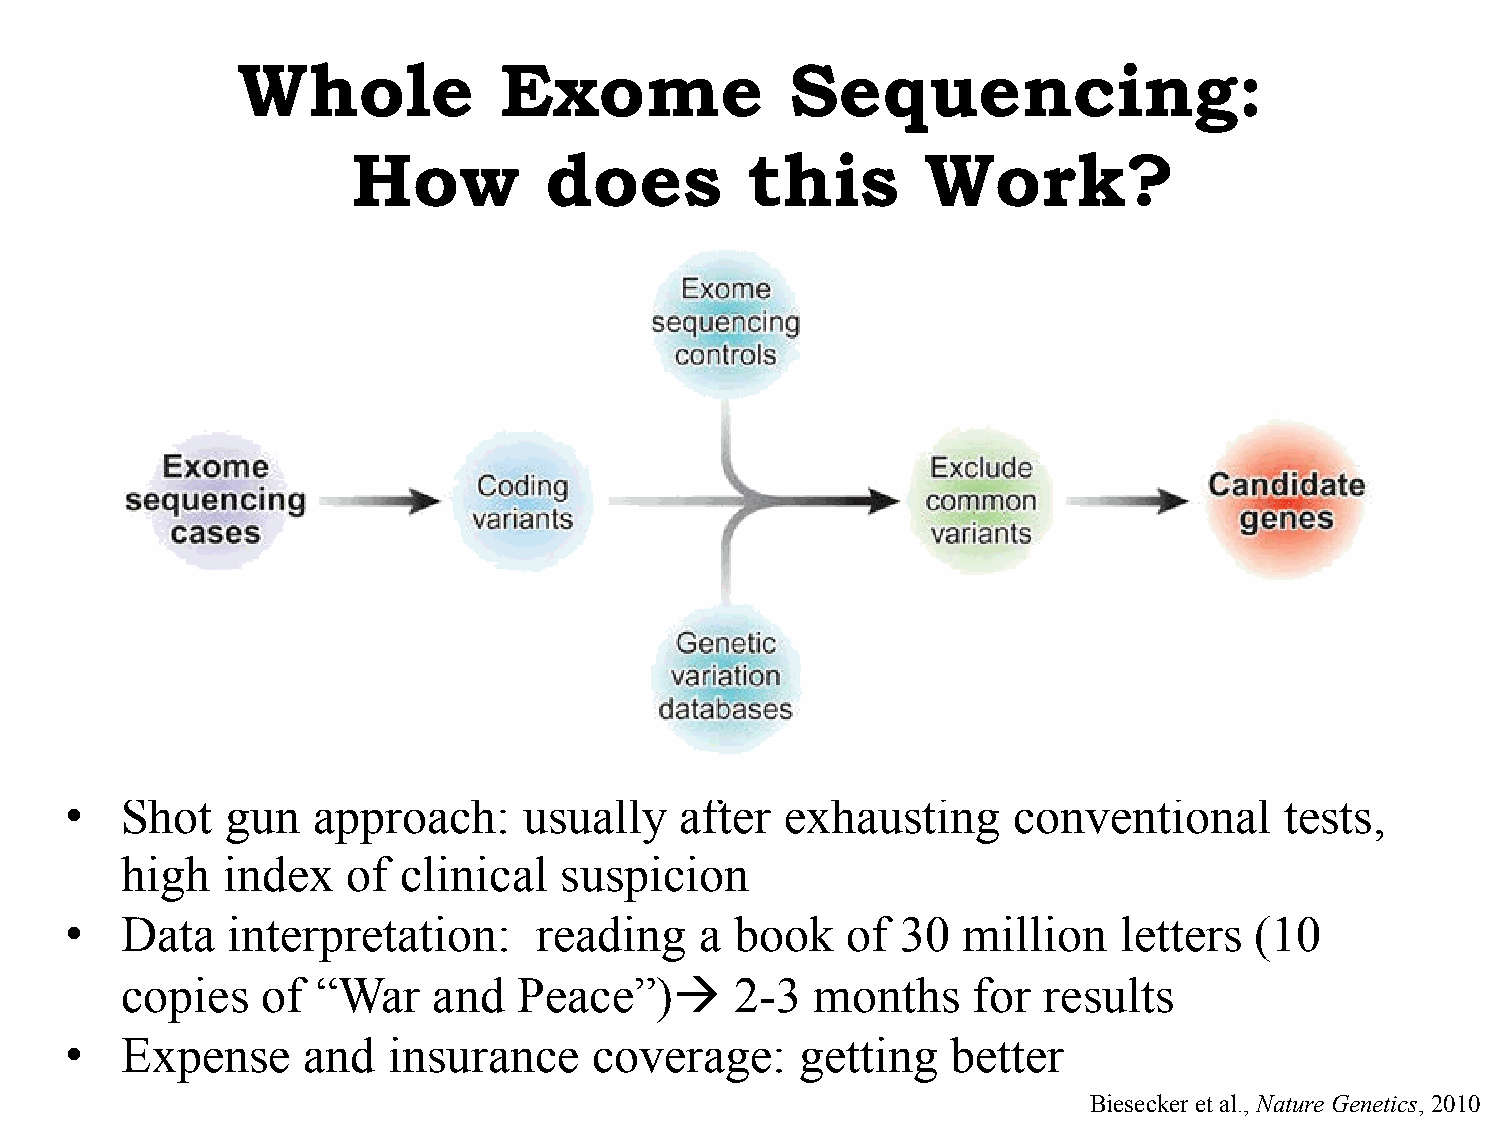
Whole            Exome              Sequencing:
 How          does         this        Work?
 •   Shot   gun   approach:     usually   after  exhausting     conventional      tests,
 high   index   of  clinical  suspicion
 •   Data   interpretation:      reading   a  book   of  30  million   letters  (10
 copies   of  “War    and  Peace”)à      2-3  months    for  results
 •   Expense     and   insurance    coverage:     getting   better
 Biesecker et al., Nature Genetics, 2010